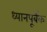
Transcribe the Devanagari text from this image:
ध्यानपूर्बक